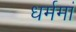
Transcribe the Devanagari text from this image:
धर्ममां